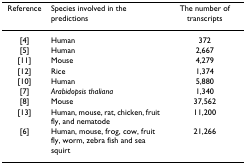
<table><thead><tr><td><b>Reference</b></td><td><b>Species involved in the predictions</b></td><td><b>The number of transcripts</b></td></tr></thead><tbody><tr><td>[4]</td><td>Human</td><td>372</td></tr><tr><td>[5]</td><td>Human</td><td>2,667</td></tr><tr><td>[11]</td><td>Mouse</td><td>4,279</td></tr><tr><td>[12]</td><td>Rice</td><td>1,374</td></tr><tr><td>[10]</td><td>Human</td><td>5,880</td></tr><tr><td>[7]</td><td><i>Arabidopsis thaliana</i></td><td>1,340</td></tr><tr><td>[8]</td><td>Mouse</td><td>37,562</td></tr><tr><td>[13]</td><td>Human, mouse, rat, chicken, fruit fly, and nematode</td><td>11,200</td></tr><tr><td>[6]</td><td>Human, mouse, frog, cow, fruit fly, worm, zebra fish and sea squirt</td><td>21,266</td></tr></tbody></table>